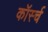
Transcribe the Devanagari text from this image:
कॉर्स्च